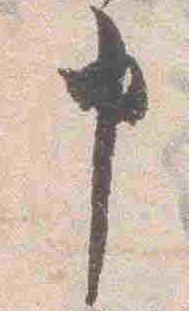
申